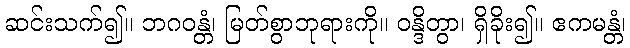
ဆင်းသက်၍။ ဘဂဝန္တံ၊ မြတ်စွာဘုရားကို။ ဝန္ဒိတွာ၊ ရှိခိုး၍။ ဧကမန္တံ၊